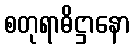
စတုရာဓိဋ္ဌာနော